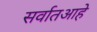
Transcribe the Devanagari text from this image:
सर्वातआहे